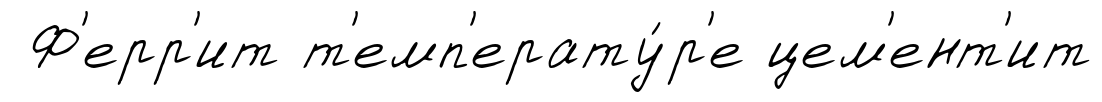
Ф'ерр'ит т'емп'ерату́р'е цем'ент'ит